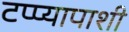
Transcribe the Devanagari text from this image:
टप्प्यापाशी